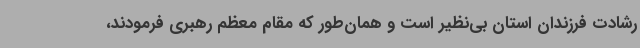
رشادت فرزندان استان بی‌نظیر است و همان‌طور که مقام معظم رهبری فرمودند،